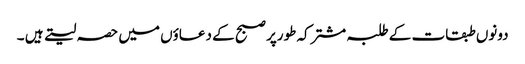
دونوں طبقات کے طلبہ مشترکہ طورپر صبح کے دعاؤں میں حصہ لیتے ہیں ۔